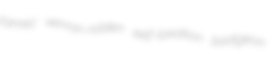
tanrec vermin-ridden self-taxation badigeon